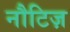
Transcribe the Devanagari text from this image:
नौटिज़